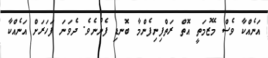
އަނެއްކާ ވެސް މޭޒުމަތީ އޮތް ރަތްފިނިފެންމާ ބޮނޑި ފެނުނެވެ. ދެވަނަ ފަހަރަށް އަނެއްކާ